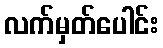
လက်မှတ်ပေါင်း